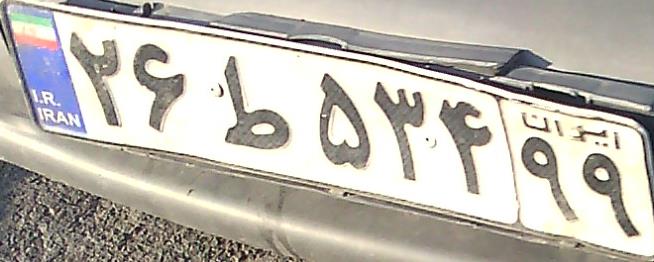
۲۶ط۵۳۴۹۹